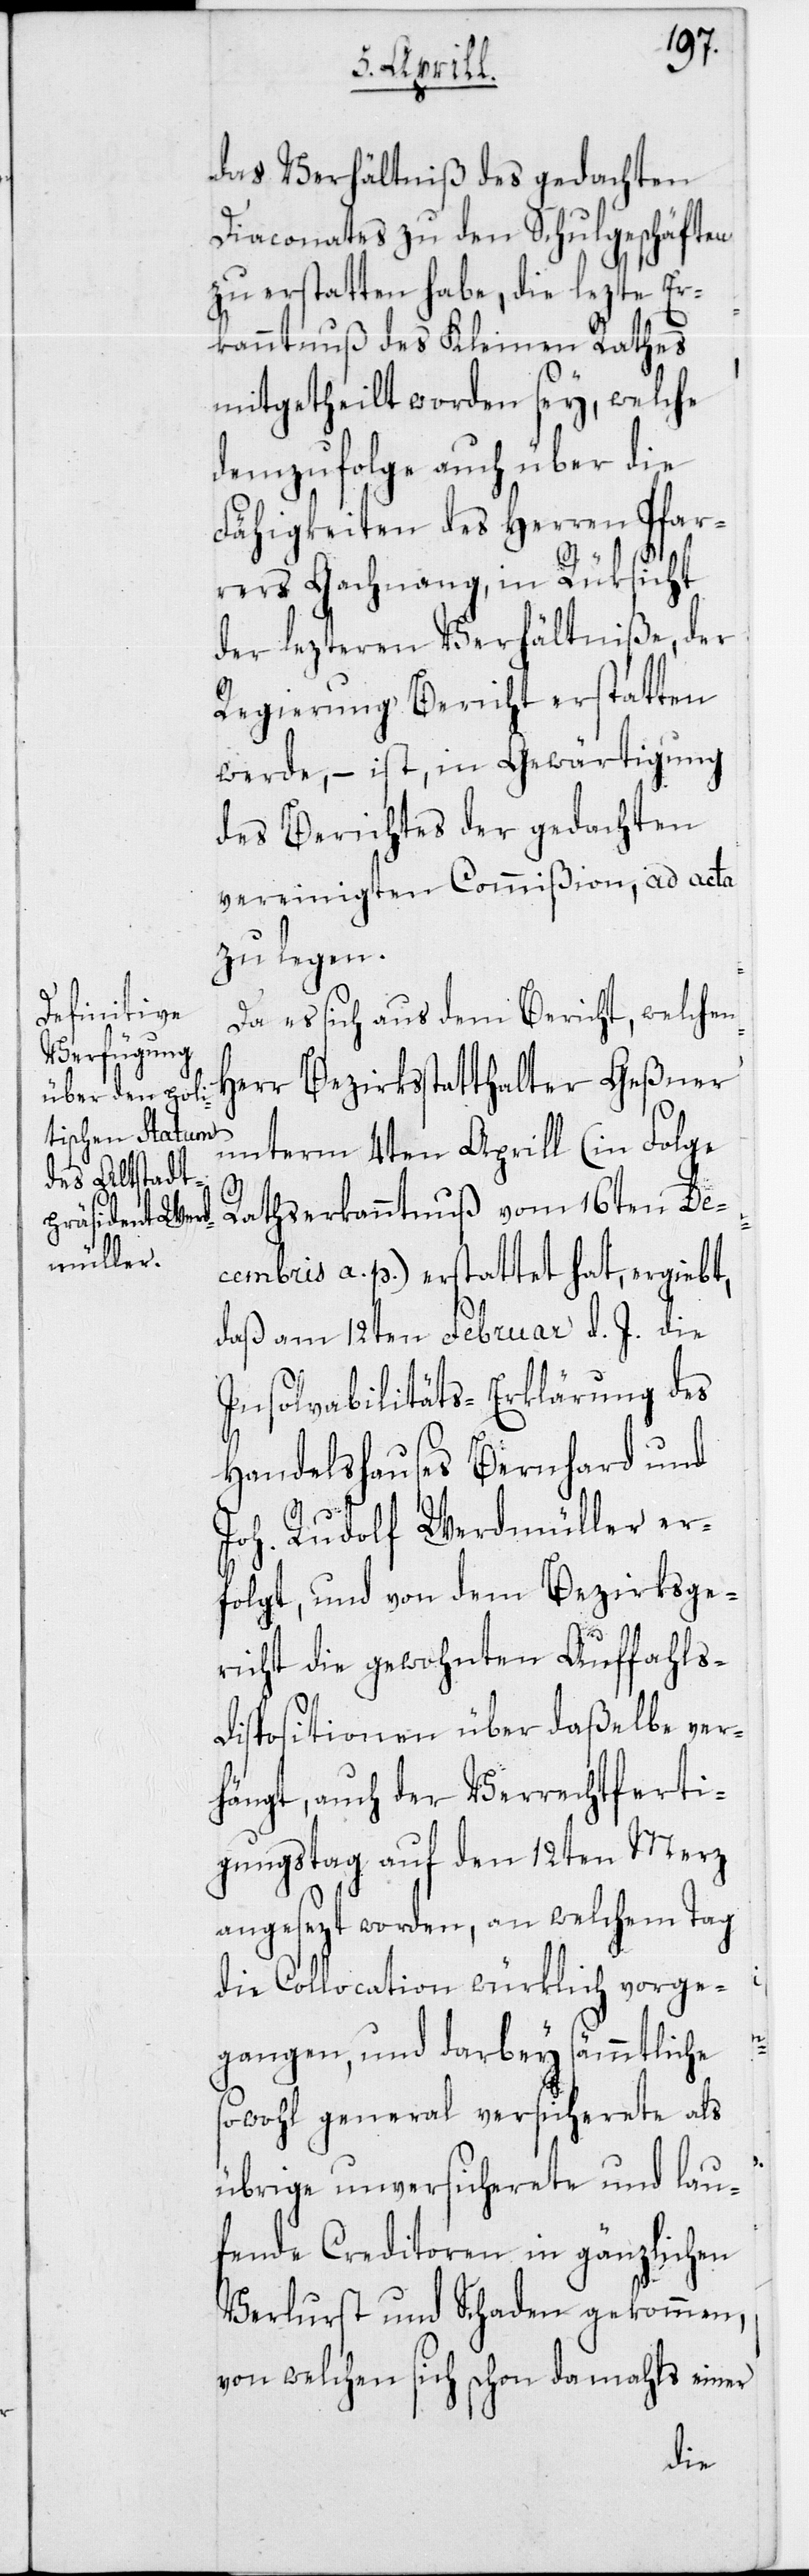
das Verhältniß des gedachten
Diaconates zu den Schulgeschäften
zu erstatten habe, die lezte Er¬
kanntnuß des Kleinen Rathes
mitgetheilt worden sey, welche
demzufolge auch über die
Fähigkeit des Herren Pfar¬
rers Gachnang, in Rüksicht
der lezteren Verhältniße, der
Regierung Bericht erstatten
werde, – ist, in Gewärtigung
des Berichtes der gedachten
vereinigten Commißion, ad acta
zu legen.
Da es sich aus dem Bericht, welchen
Herr Bezirksstatthalter Geßner
unterm 4ten Aprill (in Folge
Rathserkanntnuß vom 16ten De¬
cembris a. p.) erstattet hat, ergiebt,
daß am 12ten Februar d. J. die
Insolvabilitäts-Erklärung des
Handelshauses Bernhard und
Joh. Rudolf Werdmüller er¬
folgt, und von dem Bezirksge¬
richt die gewohnten Auffahls¬
dispositionen über daßelbe ver¬
hängt, auch der Verrechtferti¬
gungstag auf den 12ten Merz
angesezt worden, an welchem Tag
die Collocation würklich vorge¬
gangen, und darbey sämmtliche
sowohl general versicherete als
übrige unversicherete und lau¬
fende Creditoren in gänzlichen
Verlurst und Schaden gekommen,
von welchen sich schon damahls einer